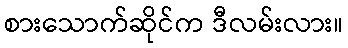
စားသောက်ဆိုင်က ဒီလမ်းလား။